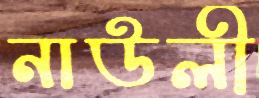
নাউলী